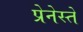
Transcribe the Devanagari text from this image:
प्रेनेस्ते